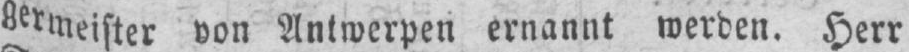
germeister von Antwerpen ernannt werden. Herr